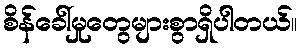
စိန်ခေါ်မှုတွေများစွာရှိပါတယ်။